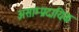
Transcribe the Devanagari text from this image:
असाम्प्रदायिक